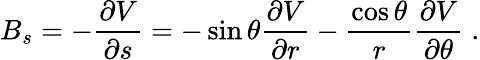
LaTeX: B_{s}=-\frac{\partial V}{\partial s}=-\sin\theta\frac{\partial V}{\partial r}-\frac{\cos\theta}{r}\frac{\partial V}{\partial\theta}\; .